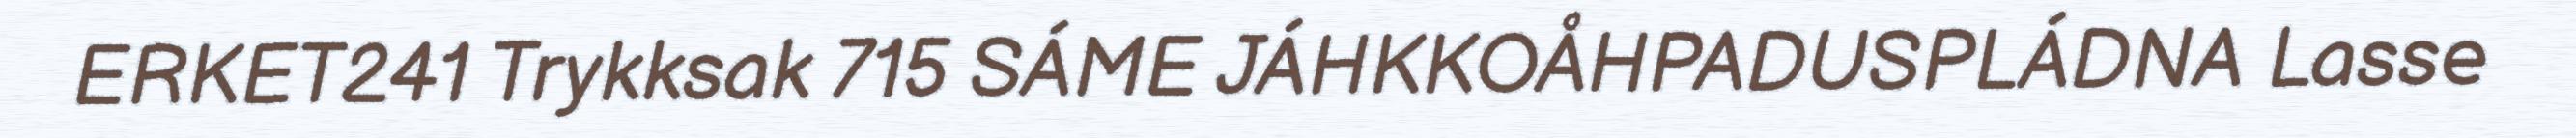
ERKET241 Trykksak 715 SÁME JÁHKKOÅHPADUSPLÁDNA Lasse